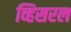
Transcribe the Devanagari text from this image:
व्हिसरल